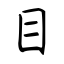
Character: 目